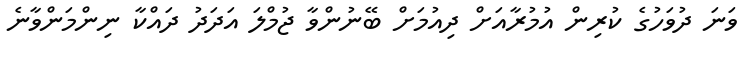
ވަނަ ދުވަހުގެ ކުރިން އުމުރާއަށް ދިއުމަށް ބޭނުންވާ ޖުމްލަ އަދަދު ދައްކާ ނިންމަންވާނެ